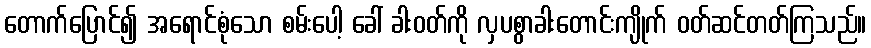
တောက်ပြောင်၍ အရောင်စုံသော စမ်းပေါ့ ခေါ် ခါးဝတ်ကို လှပစွာခါးတောင်းကျိုက် ဝတ်ဆင်တတ်ကြသည်။